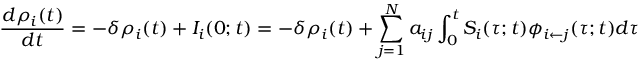
\frac { d \rho _ { i } ( t ) } { d t } = - \delta \rho _ { i } ( t ) + I _ { i } ( 0 ; t ) = - \delta \rho _ { i } ( t ) + \sum _ { j = 1 } ^ { N } a _ { i j } \int _ { 0 } ^ { t } S _ { i } ( \tau ; t ) \phi _ { i \leftarrow j } ( \tau ; t ) d \tau